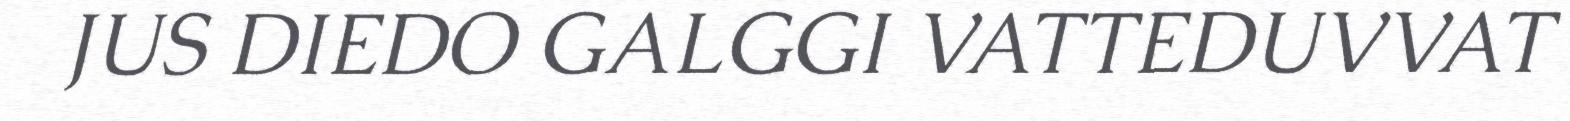
JUS DIEDO GALGGI VATTEDUVVAT